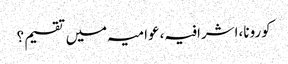
کورونا،اشرافیہ،عوامیہ میں تقسیم؟